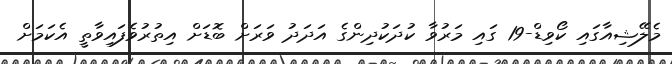
މެލޭޝިއާގައި ކޯވިޑް-19 ގައި މަރުވާ ކުދަކުދިންގެ އަދަދު ވަރަށް ބޮޑަށް އިތުރުވެފައިވާތީ އެކަމަށް